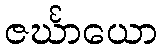
ဇင်္ဃာယော